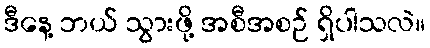
ဒီနေ့ ဘယ် သွားဖို့ အစီအစဉ် ရှိပါသလဲ။